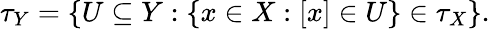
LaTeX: \tau_{Y}=\left\{ U\subseteq Y:\{ x\in X:[x]\in U\} \in\tau_{X}\right\} .